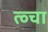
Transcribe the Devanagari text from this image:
त्व्चा